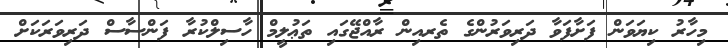
މިހާރު ކިޔަވަން ފަށާފަވާ ދަރިވަރުންގެ ތެރއިން ރާއްޖޭގައި ތަޢުލީމް ހާސިލްކުރާ ފަންސާސް ދަރިވަރަކަށް